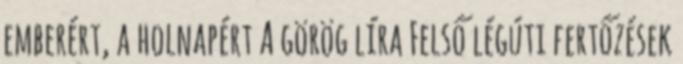
emberért, a holnapért A görög líra Felső légúti fertőzések